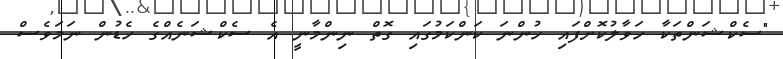
"ސެކްޝަންތަކާ ހަވާލުކޮށްފައި ހުންނަ ކަންކަމުގައި ގޮތް ނިންމާނީ އެ ސެކްޝަނެއްގެ ހެޑުން ނަމަވެސް